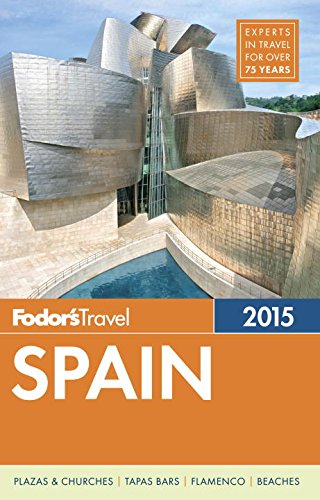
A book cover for Fodor's Spain 2015 (Full-color Travel Guide); Fodor's; Travel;